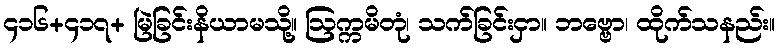
၄၁၆+၄၁၇+ မြဲခြင်းနိယာမသို့။ ဩက္ကမိတုံ၊ သက်ခြင်းငှာ။ ဘဗ္ဗော၊ ထိုက်သနည်း။